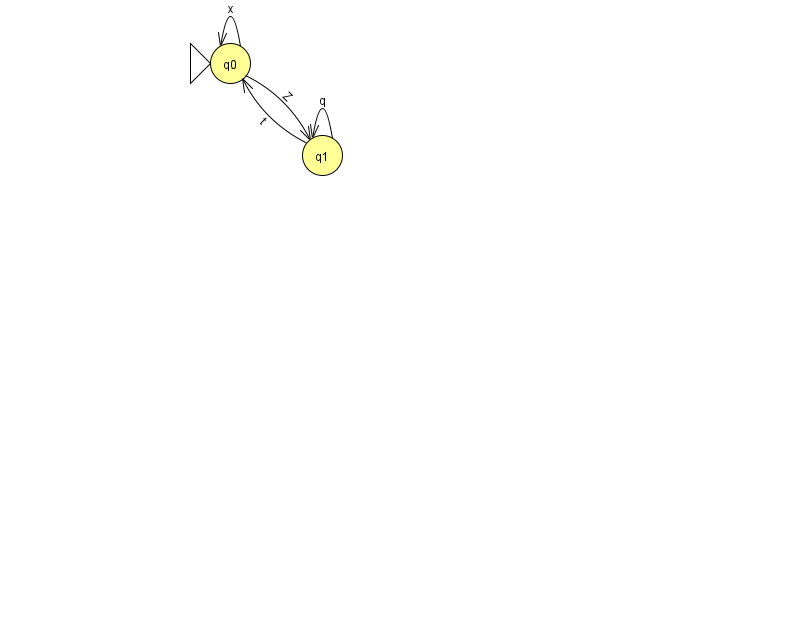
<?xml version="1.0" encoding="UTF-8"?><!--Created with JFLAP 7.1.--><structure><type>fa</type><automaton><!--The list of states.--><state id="0" name="q0"><x>230.0</x><y>50.0</y><initial/></state><state id="1" name="q1"><x>322.0</x><y>142.0</y></state><!--The list of transitions.--><transition><from>1</from><to>1</to><read>q</read></transition><transition><from>0</from><to>1</to><read>Z</read></transition><transition><from>0</from><to>0</to><read>x</read></transition><transition><from>1</from><to>0</to><read>t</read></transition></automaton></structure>